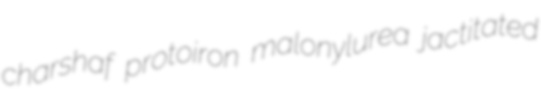
charshaf protoiron malonylurea jactitated